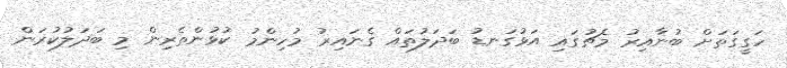
ހަގީގަތަށް ބުނާއިރު މެޗުގައި އަޅުގަނޑު ބަދަލުތައް ގެނައިރު މުހިންމު ކުޅުންތެރިން މި ބަދަލުކުރަން